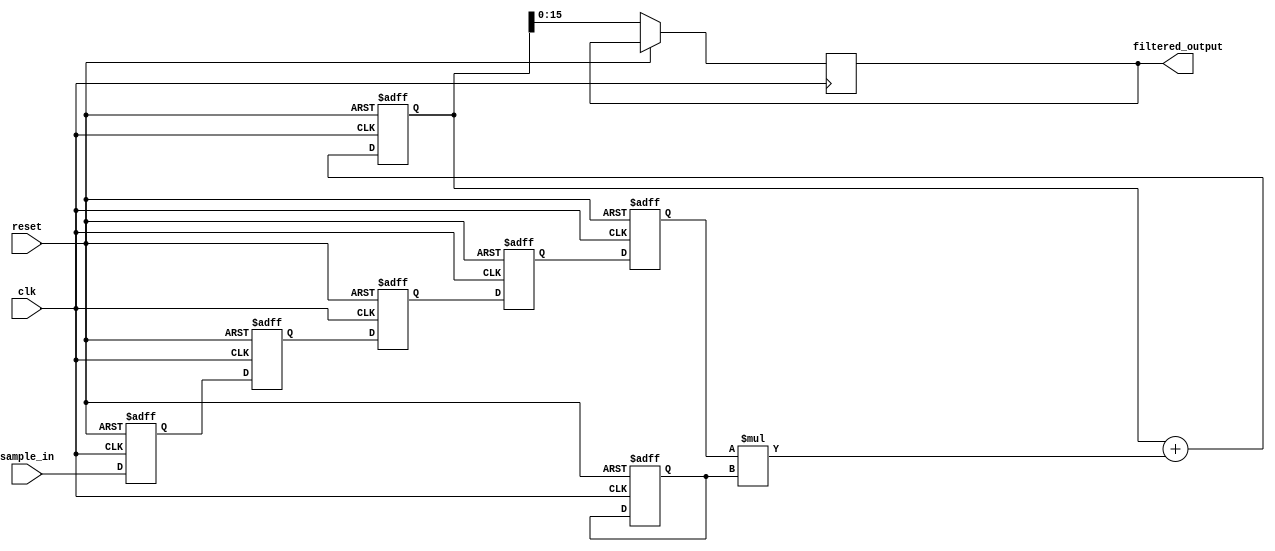
module fir_filter (
    input clk,
    input reset,
    input signed [15:0] sample_in,
    output reg signed [15:0] filtered_output
);

parameter NUM_TAPS = 5;
parameter DATA_WIDTH = 16;
parameter COEFF_WIDTH = 8;

reg signed [DATA_WIDTH-1:0] shift_reg [0:NUM_TAPS-1];
reg signed [COEFF_WIDTH-1:0] coefficients [0:NUM_TAPS-1];

integer i;
reg signed [DATA_WIDTH+COEFF_WIDTH-1:0] accumulator;

always @(posedge clk or posedge reset) begin
    if (reset) begin
        for (i = 0; i < NUM_TAPS; i = i + 1) begin
            shift_reg[i] <= 0;
        end
        for (i = 0; i < NUM_TAPS; i = i + 1) begin
            coefficients[i] <= 0;
        end
        accumulator <= 0;
    end else begin
        // Shift in new sample
        shift_reg[0] <= sample_in;
        for (i = 1; i < NUM_TAPS; i = i + 1) begin
            shift_reg[i] <= shift_reg[i-1];
        end
        
        // Compute output
        accumulator <= 0;
        for (i = 0; i < NUM_TAPS; i = i + 1) begin
            accumulator <= accumulator + shift_reg[i] * coefficients[i];
        end
        
        filtered_output <= accumulator[DATA_WIDTH-1:0];
    end
end

endmodule